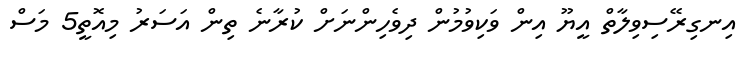
އިނގިރޭސިވިލާތް އީޔޫ އިން ވަކިވުމުން ދިވެހިންނަށް ކުރާނެ ތިން އަސަރު މިއޮތީ5 މަސް